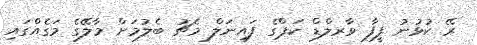
ރޭ ކުޅުނު ފީފާ ވާރލްޑް ކަޕްގެ ފައިނަލް މެޗު ބެލުމަށް މާލޭގެ މަގެއްގައި